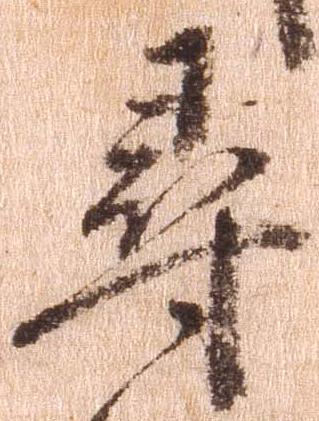
尋